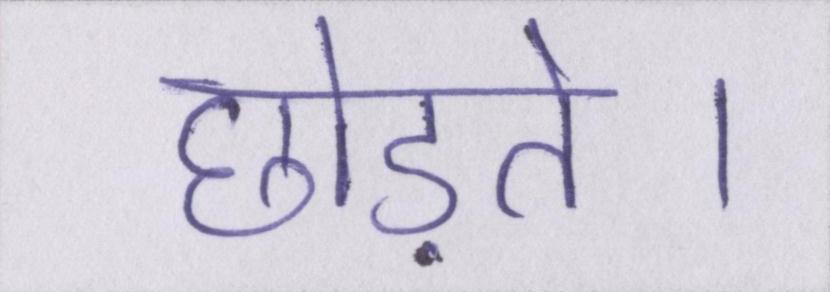
छोड़ते।